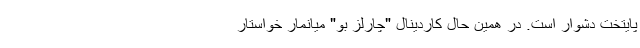
پایتخت دشوار است. در همین حال کاردینال "چارلز بو" میانمار خواستار